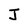
Character: J